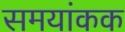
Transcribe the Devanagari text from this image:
समयांकक